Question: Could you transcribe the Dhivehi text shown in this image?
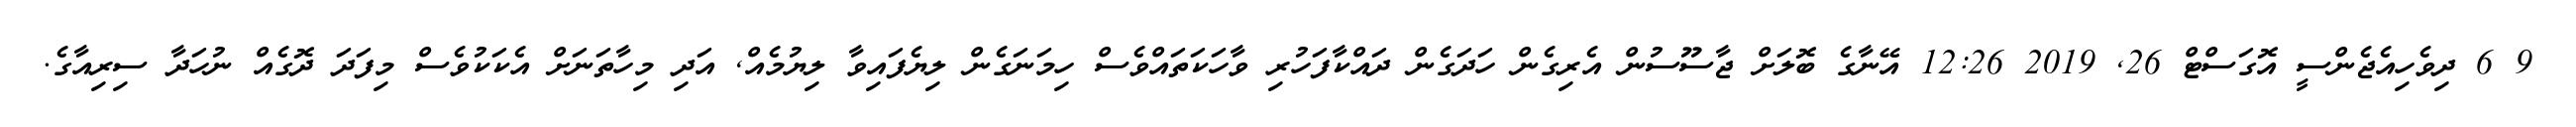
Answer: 9 6 ދިވެހިއެޖެންސީ އޮގަސްޓް 26, 2019 12:26 އޭނާގެ ބޮލަށް ޖާސޫސުން އެރިގެން ހަދަގެން ދައްކާފަހުރި ވާހަކަތައްވެސް ހިމަނަގެން ލިޔެފައިވާ ލިޔުމެއް, އަދި މިހާތަނަށް އެކަކުވެސް މިފަދަ ދޮގެއް ނުހަދާ ސިރިއާގެ.